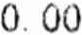
0.00